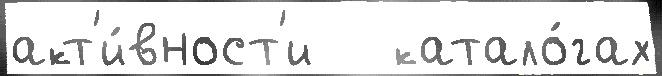
акт'и́вност'и   катало́гах